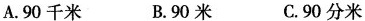
A.90千米 B.90米 C.90分米